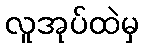
လူအုပ်ထဲမှ